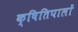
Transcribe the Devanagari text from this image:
क्षितिपालों